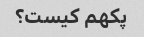
پکهم کیست؟